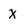
Character: x